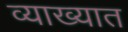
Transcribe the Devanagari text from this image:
व्याख्यात